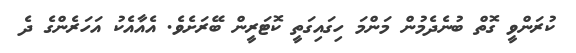
ކުރަންވީ ގޮތް ބުނެދެމުން މަންމަ ހިގައިގަތީ ކޮޓަރީން ބޭރަށެވެ. އެއާއެކު އަހަރެންގެ ދެ